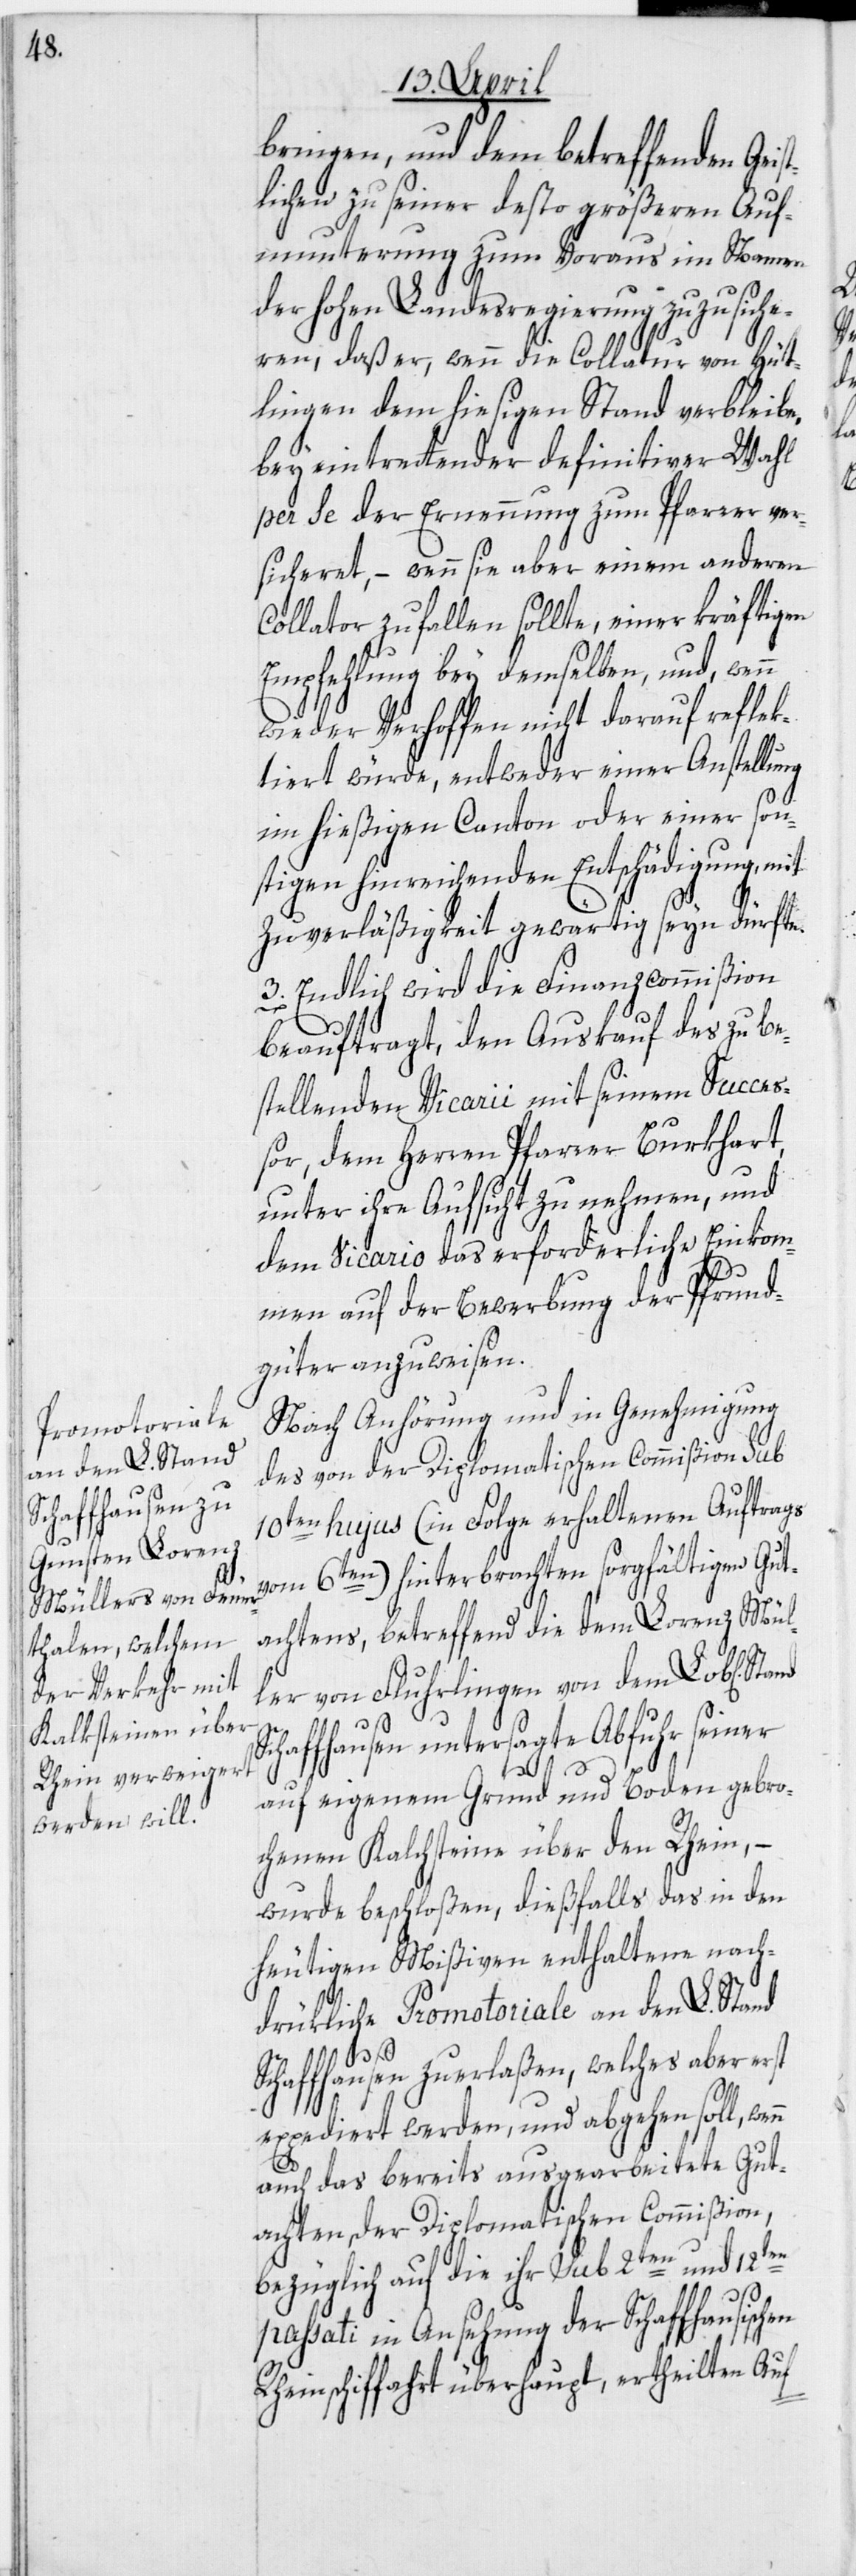
bringen, und dem betreffenden Geist¬
lichen zu seiner desto größeren Auf¬
munterung zum Voraus im Namen
der hohen Landesregierung zuzusiche¬
ren, daß er, wenn die Collatur von Hütt¬
lingen dem hiesigen Stand verbleibe,
bey eintrettender definitiver Wahl
per se der Ernennung zum Pfarrer ver¬
sicheret, – wenn sie aber einem anderen
Collator zufallen sollte, einer kräftigen
Empfehlung bey demselben, und, wenn
wieder Verhoffen nicht darauf reflek¬
tiert würde, entweder einer Anstellung
im hießigen Canton oder einer son¬
stigen hinreichenden Entschädigung, mit
Zuverläßigkeit gewärtig seyn dürfte.
3. Endlich wird die Finanzcommißion
beauftragt, den Auskauf des zu be¬
stellenden Vicarii mit seinem Succes¬
sor, dem Herrn Pfarrer Burkhart,
unter ihre Aufsicht zu nehmen, und
dem Vicario das erforderliche Einkom¬
men auf der Bewerbung der Pfrund¬
güter anzuweisen.
Nach Anhörung und in Genehmigung
des von der Diplomatischen Commißion sub
10ten hujus (in Folge erhaltenen Auftrags
vom 6ten) hinterbrachten sorgfältigen Gut¬
achtens, betreffend die dem Lorenz Mül¬
ler von Fluhrlingen von dem Lob[lichen]
st
Schaffhausen untersagte Abfuhr seiner
auf eigenem Grund und Boden gebro¬
chenen Kalchsteine über den Rhein, –
wurde beschloßen, dießfalls das in den
heutigen Mißiven enthaltene nach¬
drükliche Promotoriale an den L. Stand
Schaffhausen zu erlaßen, welches aber er¬
expediert werden, und abgehen soll, wenn
auch das bereits ausgearbeitete Gut¬
achten der Diplomatischen Commißion,
bezüglich auf die ihr sub 2ten und 12ten
passati in Ansehung der Schaffhausischen
Rheinschiffahrt überhaupt, ertheilten Auf-